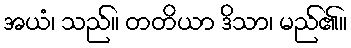
အယံ၊ သည်။ တတိယာ ဒိသာ၊ မည်၏။